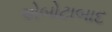
એબોટાબાદ